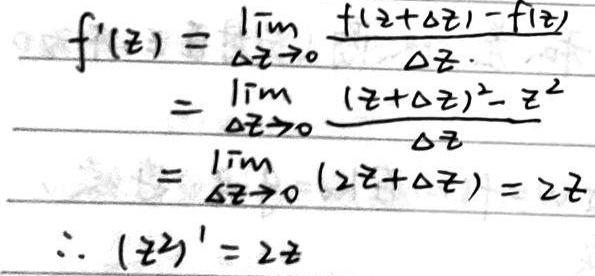
\[
\begin{align*}
f^{\prime}(z)&=\lim_{\Delta z\rightarrow0}\frac{f(z + \Delta z)-f(z)}{\Delta z}\\
&=\lim_{\Delta z\rightarrow0}\frac{(z+\Delta z)^{2}-z^{2}}{\Delta z}\\
&=\lim_{\Delta z\rightarrow0}(2z+\Delta z)\\
&=2z\\
\therefore (z^{2})^{\prime}&=2z
\end{align*}
\]